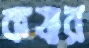
কষার